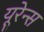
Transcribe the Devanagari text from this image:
यूरेन्स